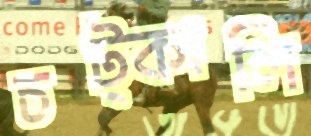
চট্‌কালি